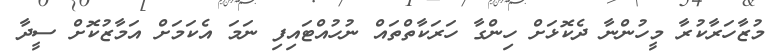
މުޒާހަރާކުރާ މީހުންނާ ދެކޮޅަށް ހިންގާ ހަރަކާތްތައް ނުހުއްޓައިފި ނަމަ އެކަމަށް އަމާޒުކޮށް ސީދާ